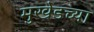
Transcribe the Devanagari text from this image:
मुखेडच्या